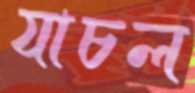
যাচল